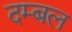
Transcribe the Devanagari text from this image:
दम्बल